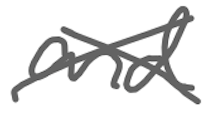
Text: and
Cross-out: cross
Writing tool: digital_gray